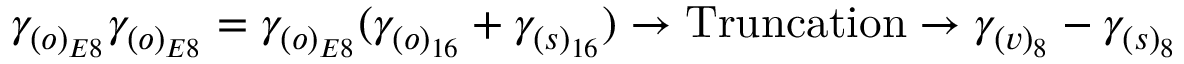
\gamma _ { ( o ) _ { E 8 } } \gamma _ { ( o ) _ { E 8 } } = \gamma _ { ( o ) _ { E 8 } } ( \gamma _ { ( o ) _ { 1 6 } } + \gamma _ { ( s ) _ { 1 6 } } ) \rightarrow \mathrm { T r u n c a t i o n } \rightarrow \gamma _ { ( v ) _ { 8 } } - \gamma _ { ( s ) _ { 8 } } \,